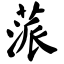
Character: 蒎